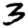
Digit: 3